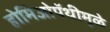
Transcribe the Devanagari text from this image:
होमिओपॅथीमुळे